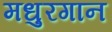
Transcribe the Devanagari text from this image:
मधुरगान